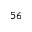
^ { 5 6 }